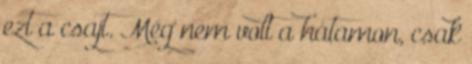
ezt a csajt. Még nem volt a hátamon, csak